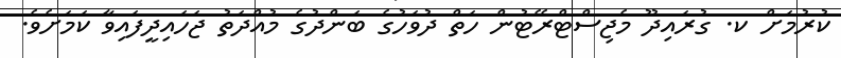
ކުރުމަށް ކ. ގުރައިދޫ މެޖިސްޓްރޭޓުން ހަތް ދުވަހުގެ ބަންދުގެ މުއްދަތު ޖަހައިދީފައިވާ ކަމަށެވެ.